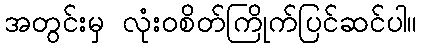
အတွင်းမှ လုံးဝစိတ်ကြိုက်ပြင်ဆင်ပါ။